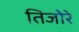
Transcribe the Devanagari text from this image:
तिजोरे